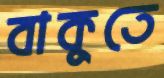
বাকুতে